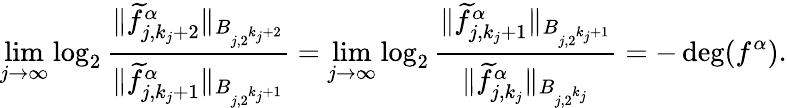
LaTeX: \operatorname*{lim}_{j\rightarrow\infty}\log_{2}\frac{\| \widetilde f_{j,{k_{j}+2}}^{\alpha}\| _{B_{j,2^{k_{j}+2}}}}{\| \widetilde f_{j,{k_{j}+1}}^{\alpha}\| _{B_{j,2^{k_{j}+1}}}}=\operatorname*{lim}_{j\rightarrow\infty}\log_{2}\frac{\| \widetilde f_{j,{k_{j}+1}}^{\alpha}\| _{B_{j,2^{k_{j}+1}}}}{\| \widetilde f_{j,{k_{j}}}^{\alpha}\| _{B_{j,2^{k_{j}}}}}=-\deg(f^{\alpha}).